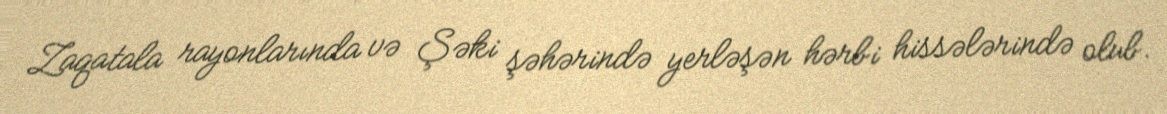
Zaqatala rayonlarında və Şəki şəhərində yerləşən hərbi hissələrində olub.